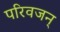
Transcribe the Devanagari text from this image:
परिवजन्